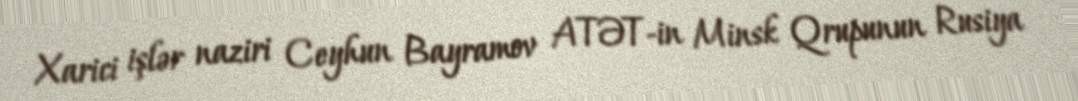
Xarici işlər naziri Ceyhun Bayramov ATƏT-in Minsk Qrupunun Rusiya